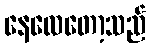
နေလေတော့သည်